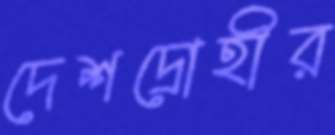
দেশদ্রোহীর